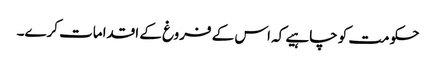
حکومت کو چاہیے کہ اس کے فروغ کے اقدامات کرے۔